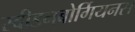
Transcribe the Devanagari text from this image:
स्वीडनबोर्गियनस